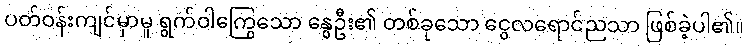
ပတ်ဝန်းကျင်မှာမူ ရွက်ဝါကြွေသော နွေဦး၏ တစ်ခုသော ငွေလရောင်ညသာ ဖြစ်ခဲ့ပါ၏။